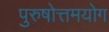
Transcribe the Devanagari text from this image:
पुरुषोत्तमयोग